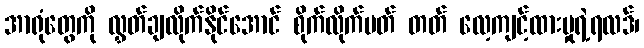
အာရုံတွေကို လွှတ်ချလိုက်နိုင်အောင် စိုက်လိုက်မတ် တတ် လေ့ကျင့်ထားမှုရဲ့ရလဒ်၊